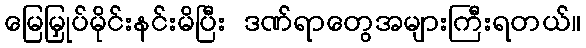
မြေမြှုပ်မိုင်းနင်းမိပြီး ဒဏ်ရာတွေအများကြီးရတယ်။